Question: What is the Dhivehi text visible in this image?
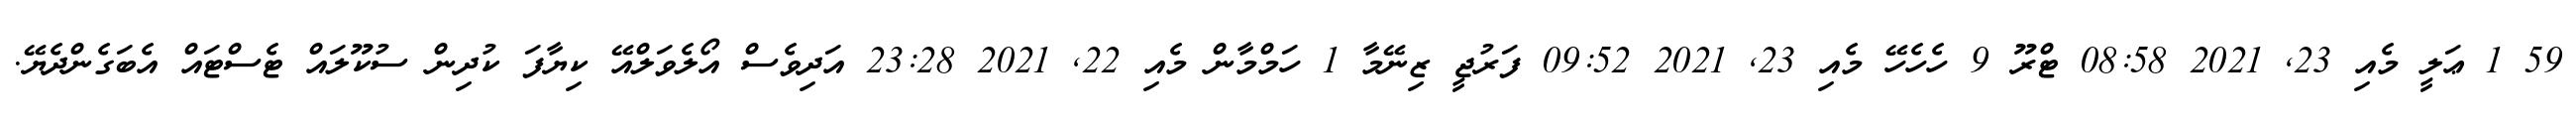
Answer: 59 1 ޢަލީ މެއި 23, 2021 08:58 ޓްރޫ 9 ހެހެހޭ މެއި 23, 2021 09:52 ފަރުޖީ ޒިނޭމާ 1 ހަމްމާން މެއި 22, 2021 23:28 އަދިވެސް އޯލެވަލްއޭ ކިޔާފަ ކުދިން ސުކޫލައް ޓެސްޓައް އެބަގެންދެޔޭ.